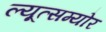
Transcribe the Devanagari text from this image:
ल्यूत्सम्योर